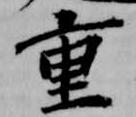
重